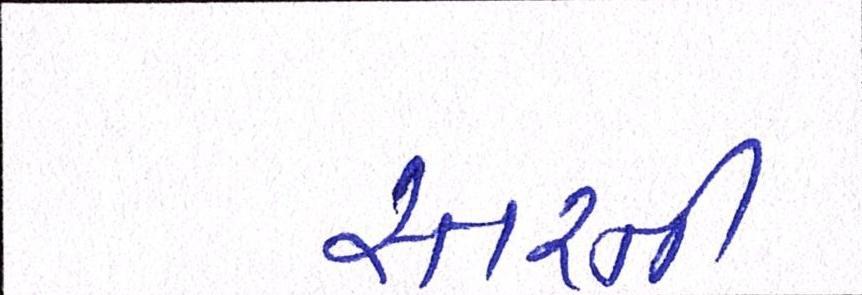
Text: સ્તરની